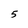
Character: 5